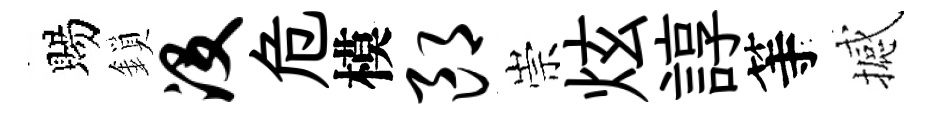
賜鎖没危模郎崇炫諄等撼